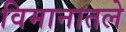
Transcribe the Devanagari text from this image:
विमानातले